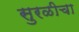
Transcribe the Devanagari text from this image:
सुरळीचा